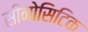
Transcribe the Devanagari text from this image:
सीनोसिटिक